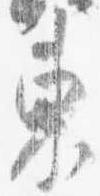
東